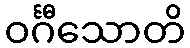
ဝင်္ဂီသောတိ